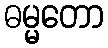
ဓမ္မတော